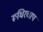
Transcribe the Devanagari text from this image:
रूधिरचाप